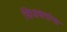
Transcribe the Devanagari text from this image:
शिजवतांना